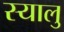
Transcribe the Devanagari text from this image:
स्यालु